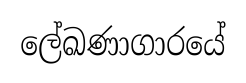
ලේඛණාගාරයේ